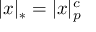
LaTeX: | x | _ { * } = | x | _ { p } ^ { c }